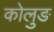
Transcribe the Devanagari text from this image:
कोलुङ